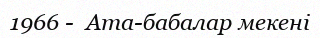
1966 -  Ата-бабалар мекені